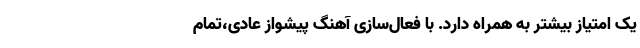
یک امتیاز بیشتر به همراه دارد. با فعال‌سازی آهنگ پیشواز عادی،تمام